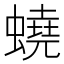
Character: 蟯